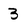
Character: 3